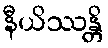
နီယိဿန္တိ